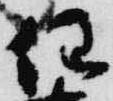
任